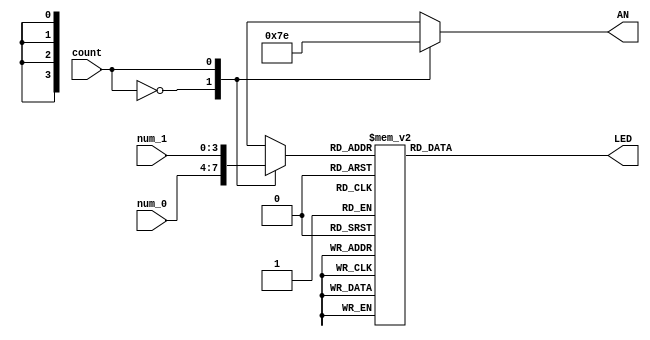
`timescale 1ns / 1ps

//LED Driver for the Pong Project

module LED_Driver(LED, AN, num_0, num_1, count);
 
	input count;
	input [3:0] num_0, num_1;
	output reg [6:0] LED;
	output reg [3:0] AN;
	reg [3:0] led_num;
		
		
	// Switching between LEDs
	always @ * begin
		case (count)
			1'b0: begin
				led_num <= num_0;
				AN = 4'b0111;
			end
						
			1'b1: begin
				led_num <= num_1;
				AN = 4'b1110;
			end
		endcase
	end
	

	// Driver
	always @ * begin
		case (led_num)
			4'b0000: LED = 7'b0000001;
			4'b0001: LED = 7'b1001111;
			4'b0010: LED = 7'b0010010;
			4'b0011: LED = 7'b0000110;
			4'b0100: LED = 7'b1001100;
			4'b0101: LED = 7'b0100100;
			4'b0110: LED = 7'b0100000;
			4'b0111: LED = 7'b0001111;		
			4'b1000: LED = 7'b0000000;
			4'b1001: LED = 7'b0000100;
			default LED = 7'b0000001;
		endcase
	end
	
endmodule